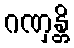
ဂဏှန္တိ